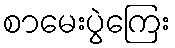
စာမေးပွဲကြေး